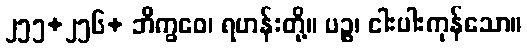
၂၅၅+၂၅၆+ ဘိက္ခဝေ၊ ရဟန်းတို့။ ပဉ္စ၊ ငါးပါးကုန်သော။